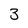
Character: 3